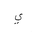
Letter: _ya